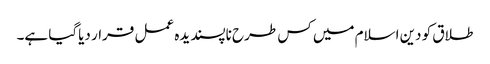
طلاق کو دین اسلام میں کس طرح ناپسندیدہ عمل قرار دیاگیا ہے۔